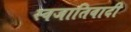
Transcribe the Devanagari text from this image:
स्वजातिवादी